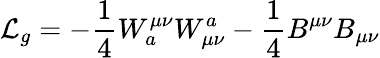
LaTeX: {\mathcal{L}}_{g}=-{\frac{1}{4}}W_{a}^{\mu\nu}W_{\mu\nu}^{a}-{\frac{1}{4}}B^{\mu\nu}B_{\mu\nu}